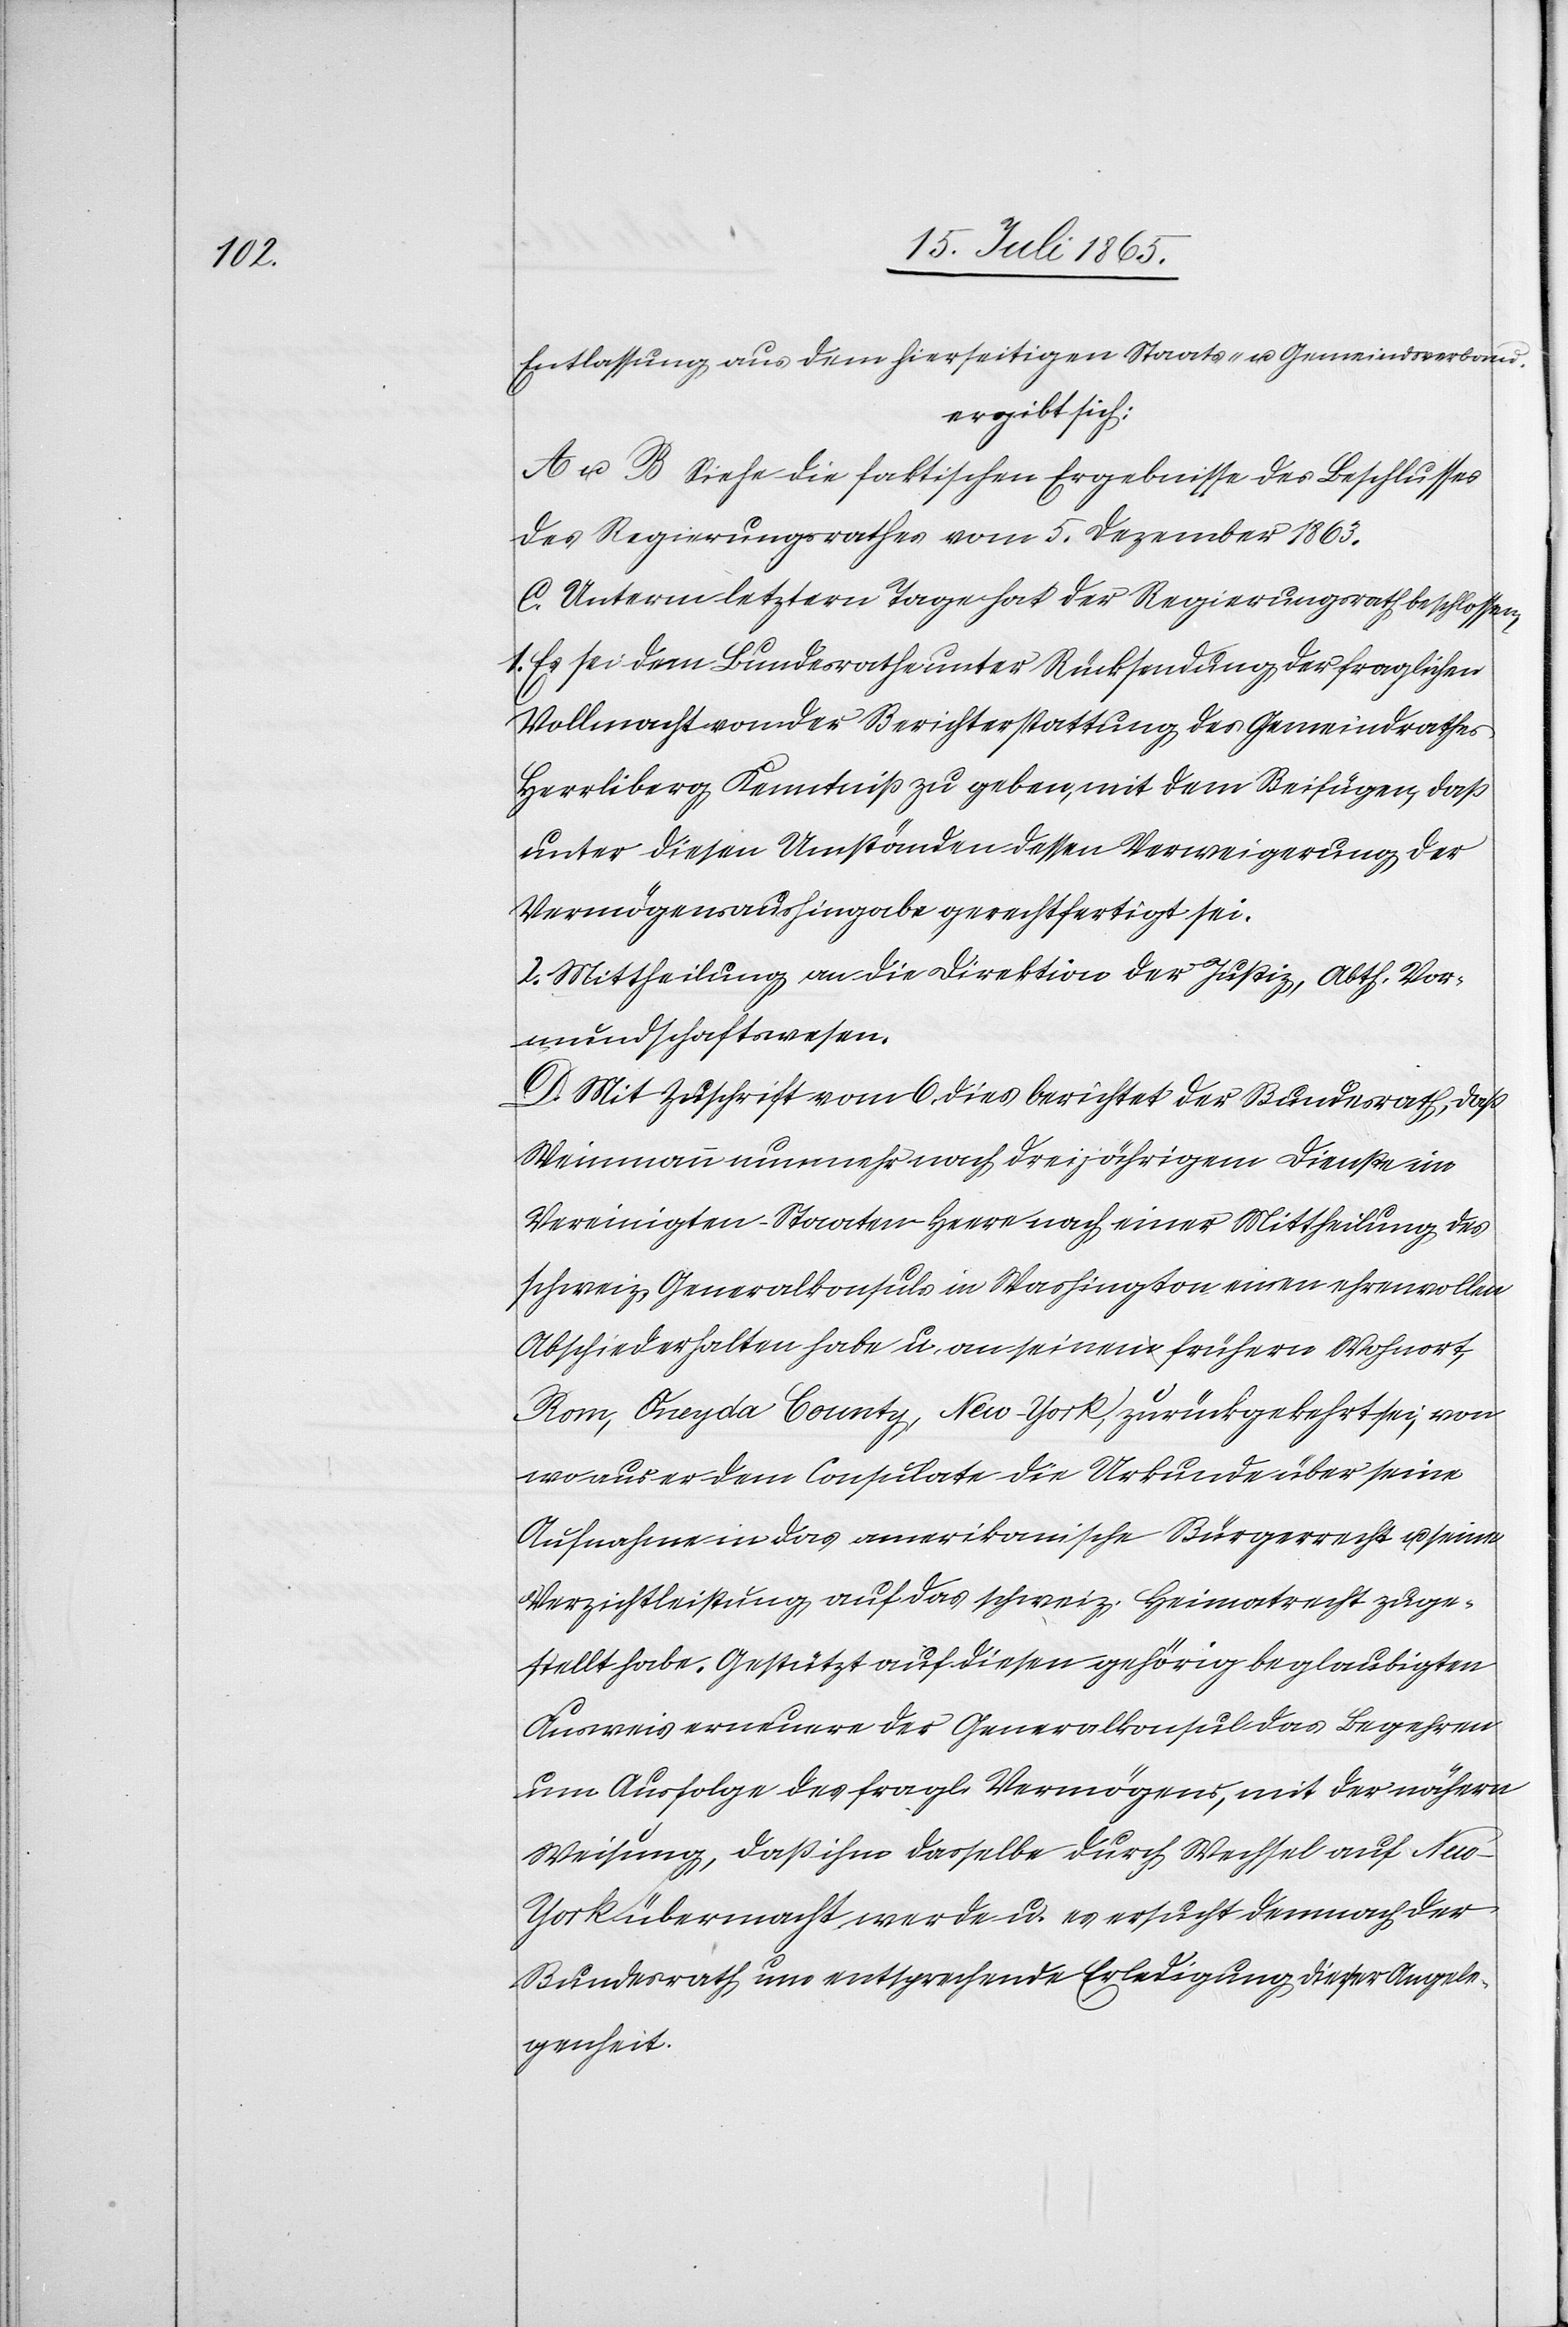
Entlassung aus dem hierseitigen Staats- u. Gemeindsverband.
ergibt sich:
A u. B Siehe die faktischen Ergebnisse des Beschlusses
des Regierungsrathes vom 5. Dezember 1863.
C. Unterm letztern Tage hat der Regierungsrath beschlossen,
1. Es sei dem Bundesrathe unter Rücksendung der fraglichen
Vollmacht von der Berichterstattung des Gemeindrathes
Herrliberg Kenntniß zu geben, mit dem Beifügen, daß
unter diesen Umständen dessen Verweigerung der
Vermögensaushingabe gerechtfertigt sei.
2. Mittheilung an die Direktion der Justiz, Abth. Vor¬
mundschaftswesen.
D. Mit Zuschrift vom 6. dies berichtet der Bundesrath, daß
Weinmann nunmehr nach dreijährigem Dienste im
Vereinigten-Staaten-Heere nach einer Mittheilung des
schweiz. Generalkonsuls in Washington einen ehrenvollen
Abschied erhalten habe u. an seinen frühern Wohnort,
Rom, Oneyda County, New-York, zurückgekehrt sei, von
wo aus er dem Consulate die Urkunde über seine
Aufnahme in das amerikanische Bürgerrecht u. seine
Verzichtleistung auf das schweiz. Heimatrecht zuge¬
stellt habe. Gestützt auf diesen gehörig beglaubigten
Ausweis erneuere der Generalkonsul das Begehren
um Ausfolge des fragl. Vermögens, mit der nähern
Weisung, daß ihm dasselbe durch Wechsel auf Ne¬
w-York übermacht werde u. es ersucht demnach der
Bundesrath um entsprechende Erledigung dieser Angele¬
genheit.